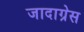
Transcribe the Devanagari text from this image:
जादाग्रेस